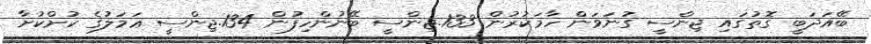
ބޭއަދަބީ ގޮތުގައި ޖިންސީ ގުނަވަން ހާމަކުރުން 133.ޖިންސީ ބޭނުންހިފުން 134.ޖިންސީ ޢަމަލުގެ ކުށްކުށާ